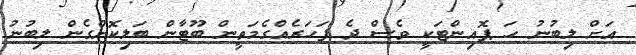
އަށް ލިބުނު ހަ ޕޮއިންޓަކީ ވެސް ދެ ފަހަރެއްގެމަތީން ބޫޓާން ބަލިކޮށްގެން ލިބުނު